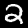
Label: 2